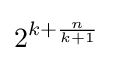
2^{k+{\frac {n}{k+1}}}